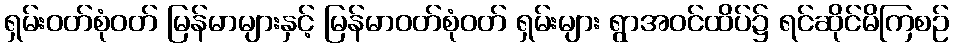
ရှမ်းဝတ်စုံဝတ် မြန်မာများနှင့် မြန်မာဝတ်စုံဝတ် ရှမ်းများ ရွာအဝင်ထိပ်၌ ရင်ဆိုင်မိကြစဉ်